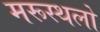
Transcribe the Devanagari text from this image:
मरूस्थलो